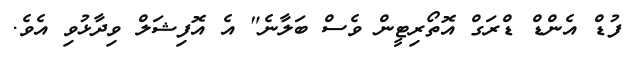
ފުޑް އެންޑް ޑްރަގް އޮތޯރިޓީން ވެސް ބަލާނެ" އެ އޮފިޝަލް ވިދާޅުވި އެވެ.